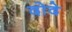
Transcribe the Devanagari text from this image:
दोदे